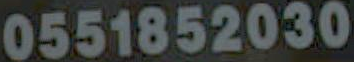
0551852030